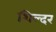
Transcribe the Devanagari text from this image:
शिल्दर